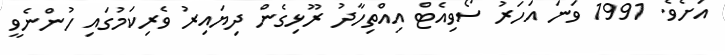
އަށެވެ. 1991 ވަނަ އަހަރު ސޯވިއެޓް އިއްތިހާދު ރޫޅިގެން ދިޔައިރު ވެރިކަމުގައި ހުންނެވީ